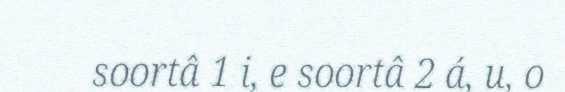
soortâ 1 i, e soortâ 2 á, u, o